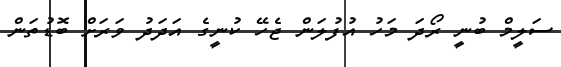
ސަލީމް ބުނީ ރޯދަ މަހު އުފުލަން ޖެހޭ ކުނީގެ އަދަދު ވަރަށް ބޮޑުތަން